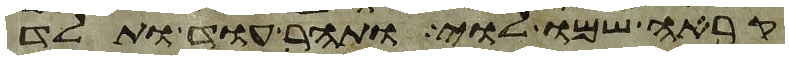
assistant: קראה שמו לוי ותהר עוד ותלד